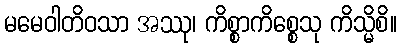
မမေဝါတိဝသာ အဿု၊ ကိစ္စာကိစ္စေသု ကိသ္မိစိ။